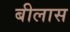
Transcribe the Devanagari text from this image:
बीलास